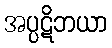
အပ္ပဋိဘယာ